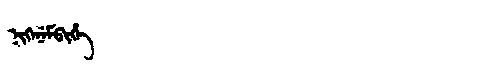
Manchu: ᠨᡳᡴᡝᠨᡝᠮᠪᡳᡥᡝ
Romanization: NIKENEMBIHE